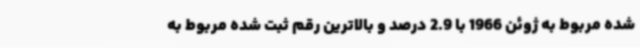
شده مربوط به ژوئن 1966 با 2.9 درصد و بالاترین رقم ثبت شده مربوط به